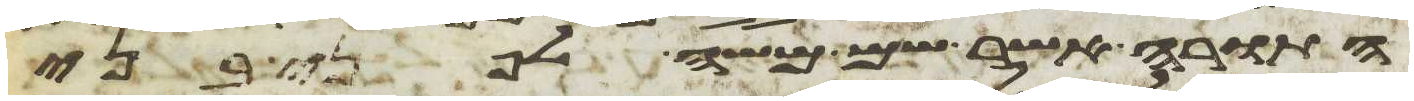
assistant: התורה אשר שם משה לפני בני